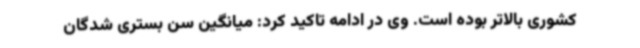
کشوری بالاتر بوده است. وی در ادامه تاکید کرد: میانگین سن بستری شدگان